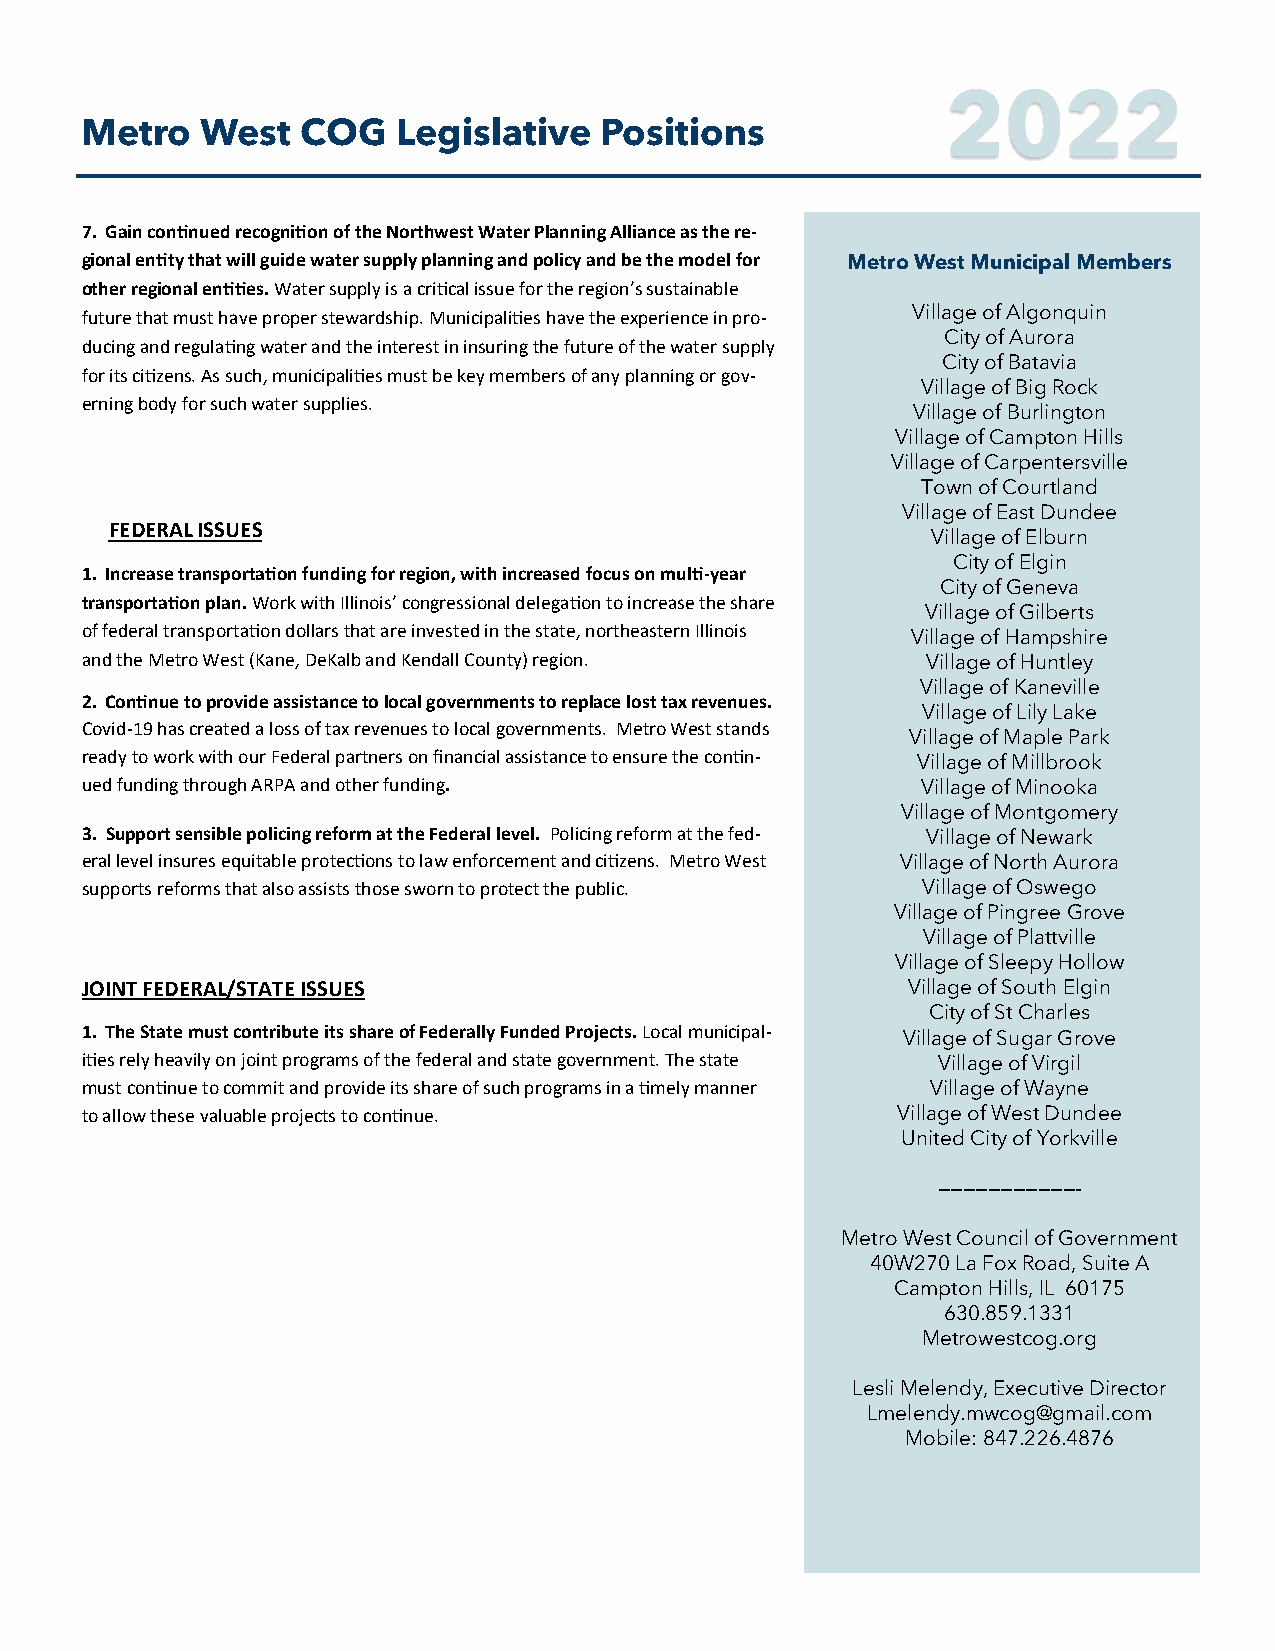
2022
 Metro   West   COG   Legislative   Positions
 7. Gain continued recognition of the Northwest Water Planning Alliance as the re-
 gional entity that will guide water supply planning and policy and be the model for Metro West Municipal Members
 other regional entities. Water supply is a critical issue for the region’s sustainable
 future that must have proper stewardship. Municipalities have the experience in pro- Village of Algonquin
 City of Aurora
 ducing and regulating water and the interest in insuring the future of the water supply
 City of Batavia
 for its citizens. As such, municipalities must be key members of any planning or gov-
 Village of Big Rock
 erning body for such water supplies.
 Village of Burlington
 Village of Campton Hills
 Village of Carpentersville
 Town of Courtland
 Village of East Dundee
 FEDERAL ISSUES
 Village of Elburn
 City of Elgin
 1. Increase transportation funding for region, with increased focus on multi-year
 City of Geneva
 transportation plan. Work with Illinois’ congressional delegation to increase the share
 Village of Gilberts
 of federal transportation dollars that are invested in the state, northeastern Illinois Village of Hampshire
 and the Metro West (Kane, DeKalb and Kendall County) region. Village of Huntley
 Village of Kaneville
 2. Continue to provide assistance to local governments to replace lost tax revenues.
 Village of Lily Lake
 Covid-19 has created a loss of tax revenues to local governments. Metro West stands
 Village of Maple Park
 ready to work with our Federal partners on financial assistance to ensure the contin- Village of Millbrook
 ued funding through ARPA and other funding.             Village of Minooka
 Village of Montgomery
 3. Support sensible policing reform at the Federal level. Policing reform at the fed- Village of Newark
 eral level insures equitable protections to law enforcement and citizens. Metro West Village of North Aurora
 supports reforms that also assists those sworn to protect the public. Village of Oswego
 Village of Pingree Grove
 Village of Plattville
 Village of Sleepy Hollow
 JOINT FEDERAL/STATE ISSUES                             Village of South Elgin
 City of St Charles
 1. The State must contribute its share of Federally Funded Projects. Local municipal- Village of Sugar Grove
 ities rely heavily on joint programs of the federal and state government. The state Village of Virgil
 must continue to commit and provide its share of such programs in a timely manner Village of Wayne
 to allow these valuable projects to continue.         Village of West Dundee
 United City of Yorkville
 ———————————-
 Metro West Council of Government
 40W270 La Fox Road, Suite A
 Campton Hills, IL 60175
 630.859.1331
 Metrowestcog.org
 Lesli Melendy, Executive Director
 Lmelendy.mwcog@gmail.com
 Mobile: 847.226.4876